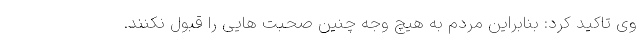
وی تاکید کرد: بنابراین مردم به هیچ وجه چنین صحبت هایی را قبول نکنند.